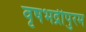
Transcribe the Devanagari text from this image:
वृषभद्रीपुरम